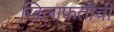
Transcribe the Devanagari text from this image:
खिलाफतीची